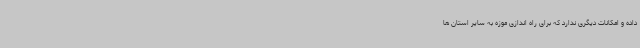
داده و امکانات دیگری ندارد که برای راه اندازی موزه به سایر استان ها